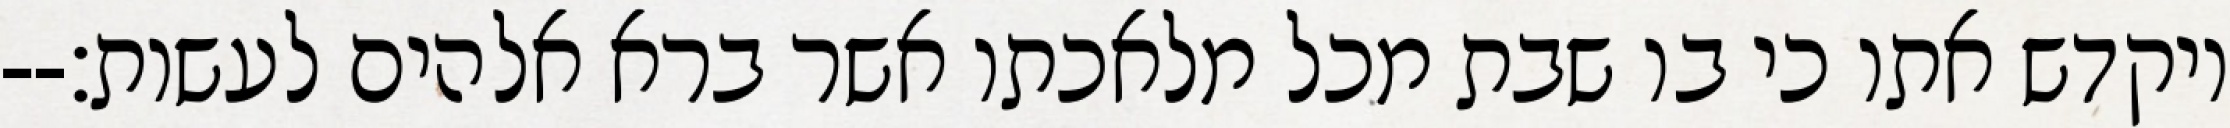
ויקדש אתו כי בו שבת מכל מלאכתו אשר ברא אלהים לעשות׃--